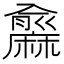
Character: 𪎨